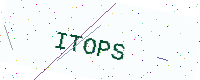
Text: ITOPS